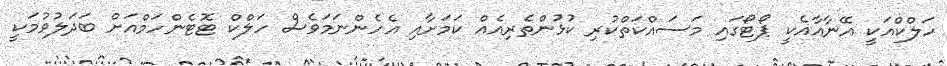
ހަލްކްއަކީ އޭނާއާއެކީ ޕޯޓޯގައި މަސައްކަތްކުރި ކުޅުންތެރިއެއް ކަމަށާއި އެހެންނަމަވެސް ހަލްކް ޓޮޓެންހަމްއަށް ބަދަލުވުމަކީ